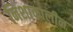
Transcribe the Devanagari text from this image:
निशाकालीन